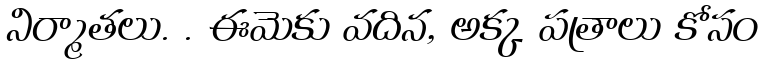
నిర్మాతలు. . ఈమెకు వదిన, అక్క పత్రాలు కోసం